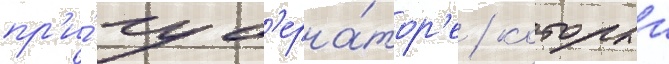
пр'и́ губ'ерна́тор'е / которыи